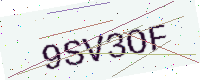
Text: 9SV3OF